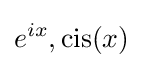
e^{ix},\operatorname {cis} (x)